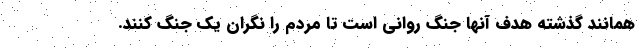
همانند گذشته هدف آنها جنگ روانی است تا مردم را نگران یک جنگ کنند.